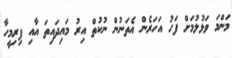
މަންމަ ވަޅުލުމަށް ފަހު އަހަރެން އެތަނުން ނުކުތް އިރު މައިދައިތަ އާއި ފިރިމީހާ